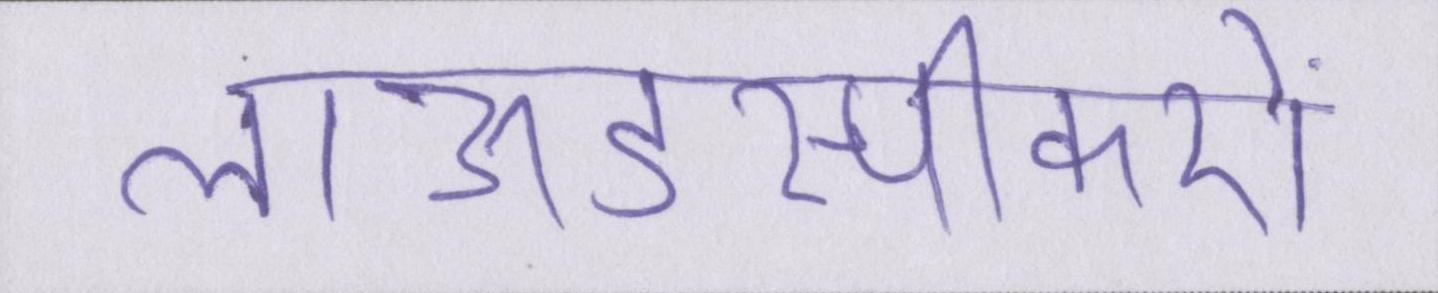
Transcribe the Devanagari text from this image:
लाऊडस्पीकरों